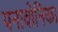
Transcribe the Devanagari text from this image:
पनावोनिका